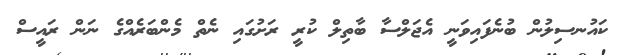
ކައުނސިލުން ބުނެފައިވަނީ އެޖަލްސާ ބާތިލް ކުރީ ރަށުގައި ނެތް މެންބަރެއްގެ ނަން ރައީސް